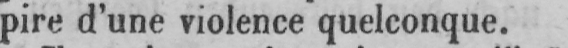
pire d’une violence quelconque.